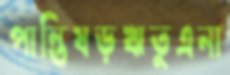
পান্তিষড়ঋতুএনা